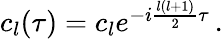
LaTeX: \begin{array}{r}{c_{l}(\tau)=c_{l}e^{-i\frac{l(l+1)}{2}\tau}\, .}\end{array}